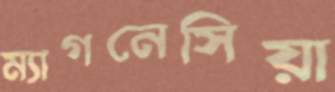
ম্যাগনেসিয়া